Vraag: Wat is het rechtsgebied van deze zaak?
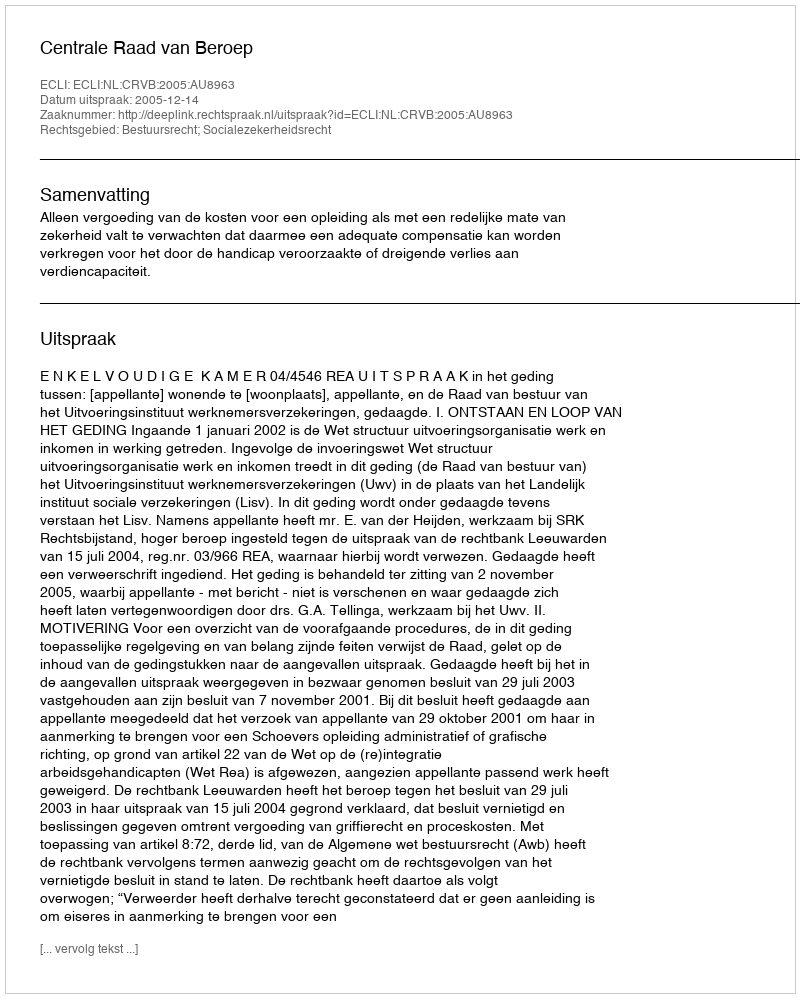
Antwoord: Bestuursrecht; Socialezekerheidsrecht